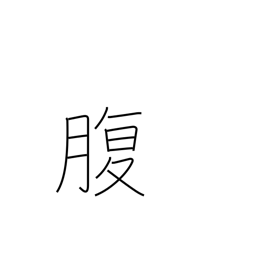
Meaning: belly